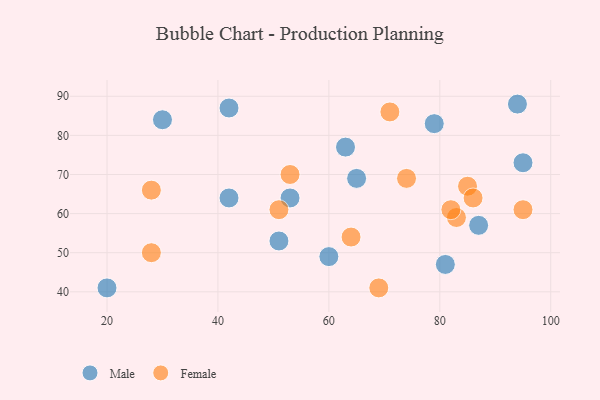
{"axis": {"x": "GDP", "y": "Life Expectancy"}, "legend": ["Female", "Male"], "data": [{"x": "94", "y": 88, "type": "Male"}, {"x": "51", "y": 53, "type": "Male"}, {"x": "20", "y": 41, "type": "Male"}, {"x": "87", "y": 57, "type": "Male"}, {"x": "30", "y": 84, "type": "Male"}, {"x": "63", "y": 77, "type": "Male"}, {"x": "60", "y": 49, "type": "Male"}, {"x": "79", "y": 83, "type": "Male"}, {"x": "81", "y": 47, "type": "Male"}, {"x": "42", "y": 87, "type": "Male"}, {"x": "65", "y": 69, "type": "Male"}, {"x": "95", "y": 73, "type": "Male"}, {"x": "53", "y": 64, "type": "Male"}, {"x": "42", "y": 64, "type": "Male"}, {"x": "83", "y": 59, "type": "Female"}, {"x": "71", "y": 86, "type": "Female"}, {"x": "85", "y": 67, "type": "Female"}, {"x": "51", "y": 61, "type": "Female"}, {"x": "64", "y": 54, "type": "Female"}, {"x": "95", "y": 61, "type": "Female"}, {"x": "28", "y": 50, "type": "Female"}, {"x": "86", "y": 64, "type": "Female"}, {"x": "28", "y": 66, "type": "Female"}, {"x": "53", "y": 70, "type": "Female"}, {"x": "82", "y": 61, "type": "Female"}, {"x": "74", "y": 69, "type": "Female"}, {"x": "69", "y": 41, "type": "Female"}]}